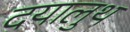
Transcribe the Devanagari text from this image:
दयालुथ